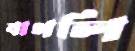
বাগলি